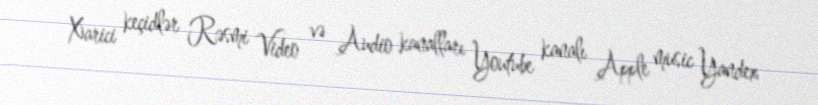
Xarici keçidlər Rəsmi Video və Audio kanalları Youtube kanalı Apple music Yandex